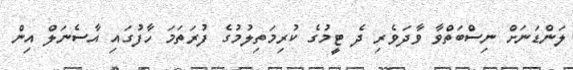
ލަންޑަނަށް ނިސްބަތްވާ ވާދަވެރި ދެ ޓީމުގެ ކުރިމަތިލުމުގެ ފުރަތަމަ ހާފުގައި އާސެނަލް އިން